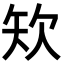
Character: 𥎯